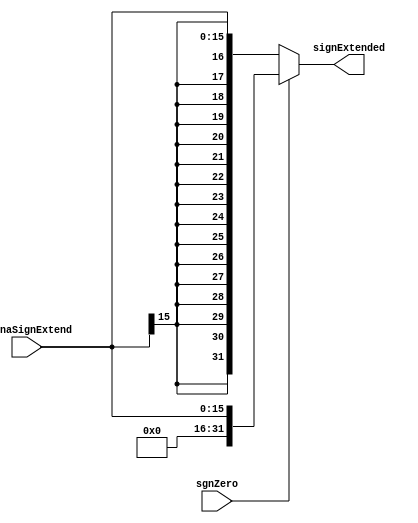
`timescale 1ns / 1ps
//////////////////////////////////////////////////////////////////////////////////
// Company: sharif University
// 
// Design Name: 	 pipe_line_project.
// Module Name:    SignExtend
// Project Name:   phase3
// Target Devices: 
// Tool versions: 
// Description: 
//
// Dependencies: 
//
// Revision: 
// Revision 0.01 - File Created
// Additional Comments: 
//
//////////////////////////////////////////////////////////////////////////////////
module SignExtend(
input [15:0] gonnaSignExtend,
input sgnZero,
output [31:0] signExtended
    );

assign signExtended = (sgnZero == 1'b0 ) ? {gonnaSignExtend[15],
														  gonnaSignExtend[15],
														  gonnaSignExtend[15],
														  gonnaSignExtend[15],
														  gonnaSignExtend[15],
													      gonnaSignExtend[15],
														  gonnaSignExtend[15],
														  gonnaSignExtend[15],
														  gonnaSignExtend[15],
														  gonnaSignExtend[15],
														  gonnaSignExtend[15],
														  gonnaSignExtend[15],
														  gonnaSignExtend[15],
														  gonnaSignExtend[15],
														  gonnaSignExtend[15],
														  gonnaSignExtend[15],
														  gonnaSignExtend}
													  : {16'b0000_0000_0000_0000,gonnaSignExtend};  

endmodule